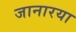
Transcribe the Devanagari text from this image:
जानारया